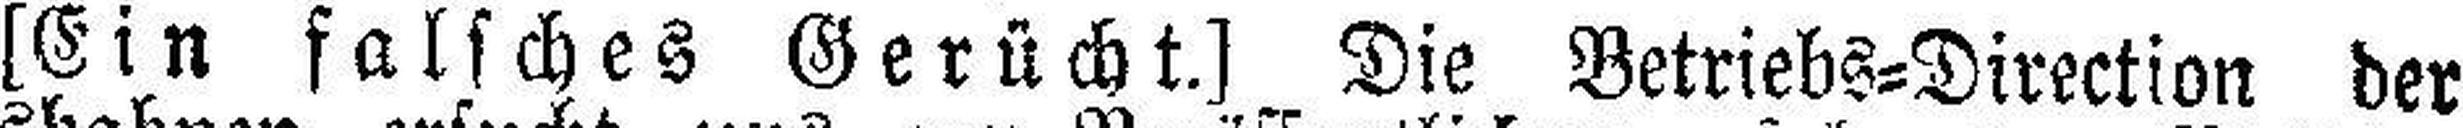
[Ein falsches Gerücht.] Die Betriebs=Direction der